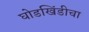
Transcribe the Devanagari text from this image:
घोडखिंडीचा